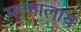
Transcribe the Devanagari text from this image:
म्हणालाय